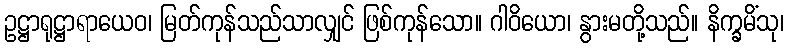
ဥဋ္ဌာရုဋ္ဌာရာယေဝ၊ မြတ်ကုန်သည်သာလျှင် ဖြစ်ကုန်သော။ ဂါဝိယော၊ နွားမတို့သည်။ နိက္ခမိံသု၊